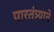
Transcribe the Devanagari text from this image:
पारतंत्र्याने